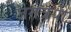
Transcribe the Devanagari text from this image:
जगत्रयी